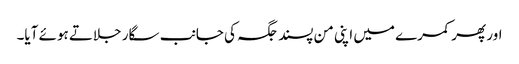
اور پھر کمرے میں اپنی من پسند جگہ کی جانب سگار جلاتے ہوئے آیا۔